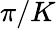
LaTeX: \pi/K